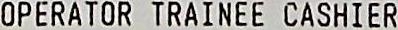
OPERATOR TRAINEE CASHIER